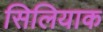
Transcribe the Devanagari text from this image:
सिलियाक